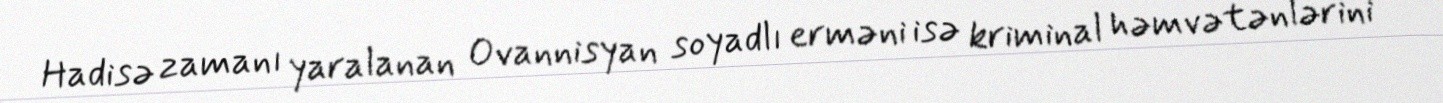
Hadisə zamanı yaralanan Ovannisyan soyadlı erməni isə kriminal həmvətənlərini